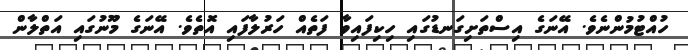
ހުއްޓުމުންނެވެ. އޭނަގެ އިސްތަށިގަނޑުގައި ހިކިފައިވާ ފަތެއް ހަރުލާފައި އޮތެވެ. އޭނަގެ މޫނުގައި އަތްލާން